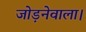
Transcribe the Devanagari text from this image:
जोड़नेवाला।